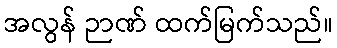
အလွန် ဉာဏ် ထက်မြက်သည်။